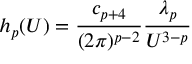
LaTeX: h _ { p } ( U ) = { \frac { c _ { p + 4 } } { ( 2 \pi ) ^ { p - 2 } } } { \frac { \lambda _ { p } } { U ^ { 3 - p } } }